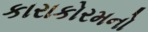
કારાકોરમનો